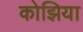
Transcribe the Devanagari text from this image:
कोझिया